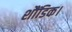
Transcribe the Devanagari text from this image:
शौंडिक।